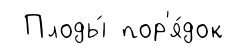
Плоды́ пор'я́док